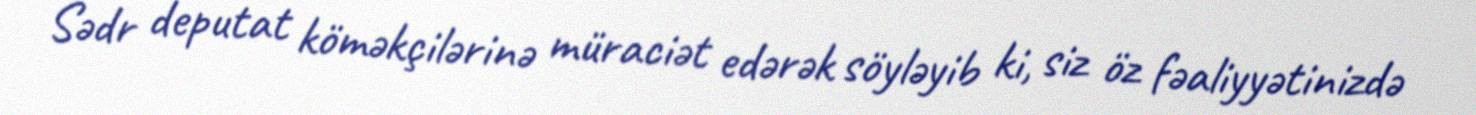
Sədr deputat köməkçilərinə müraciət edərək söyləyib ki, siz öz fəaliyyətinizdə